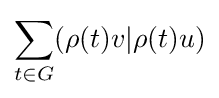
\sum _{t\in G}(\rho (t)v|\rho (t)u)